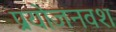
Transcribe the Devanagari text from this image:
प्रयोजनवश